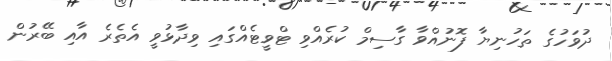
ދުވަހުގެ ތަހުނިޔާ ފޮނުއްވާ ގާސިމް ކުރެއްވި ޓްވީޓެއްގައި ވިދާޅުވީ އެތެރެ އާއި ބޭރުން